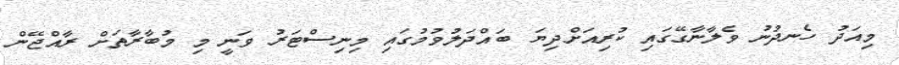
މިއަދު ހެނދުނު ވެލާނާގޭގައި ކުރިއަށްދިޔަ ބައްދަލުވުމުގައި މިނިސްޓަރު ވަނީ މި މުބާރާތަށް ރާއްޖޭން